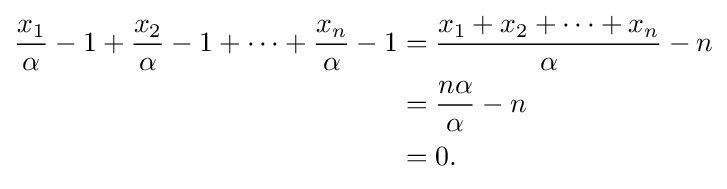
{\begin{aligned}{\frac {x_{1}}{\alpha }}-1+{\frac {x_{2}}{\alpha }}-1+\cdots +{\frac {x_{n}}{\alpha }}-1&={\frac {x_{1}+x_{2}+\cdots +x_{n}}{\alpha }}-n\\&={\frac {n\alpha }{\alpha }}-n\\&=0.\end{aligned}}